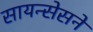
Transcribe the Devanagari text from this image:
सायन्सेसने